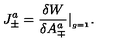
J _ { \pm } ^ { a } = { \frac { \delta W } { \delta A _ { \mp } ^ { a } } } \vert _ { _ { g = { \bf 1 } } } .